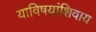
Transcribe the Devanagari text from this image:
याविषयांशिवाय